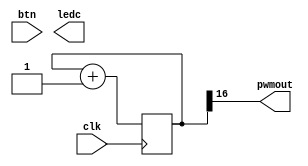
module top(input clk, input [7:0] btn, output [5:0] ledc, output pwmout);

reg [23:0] counter; // 24-bit counter
always @(posedge clk) begin
	counter <= counter + 1;
end

assign pwmout = counter[16];
// Try other bits.

endmodule